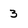
Character: 3